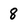
Character: 8